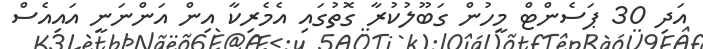
އަދި 30 ޕަސެންޓް މީހުން ގަބޫލުކުރާ ގޮތުގައި އެމެރިކާ އިން އަންނަނީ އައިއެސް